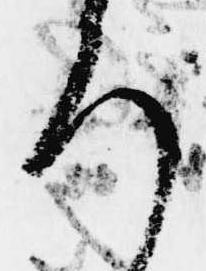
ろ